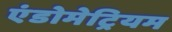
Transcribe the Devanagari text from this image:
एंडोमेट्रियम